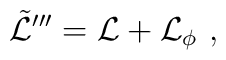
\tilde{{\cal L}}'''={\cal L}+{\cal L}_\phi\ ,